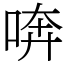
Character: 喯